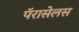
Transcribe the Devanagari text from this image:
पॅरासेलस